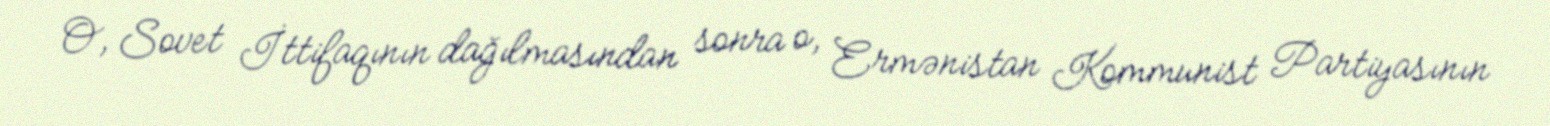
O, Sovet İttifaqının dağılmasından sonra o, Ermənistan Kommunist Partiyasının